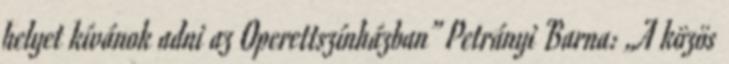
helyet kívánok adni az Operettszínházban” Petrányi Barna: „A közös